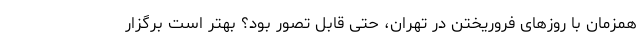
همزمان با روزهای فروریختن در تهران، حتی قابل تصور بود؟ بهتر است برگزار